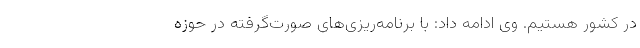
در کشور هستیم. وی ادامه داد: با برنامه‌ریزی‌های صورت‌گرفته در حوزه